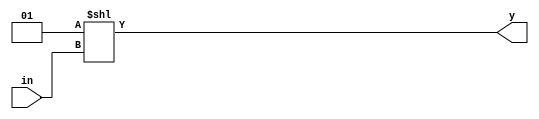
module decoder_10to1024 (
		input [9:0] in,
		output [1023:0] y);
		
assign y= 1<<in;

endmodule